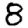
Digit: 8